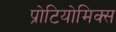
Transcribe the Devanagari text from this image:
प्रोटियोमिक्स